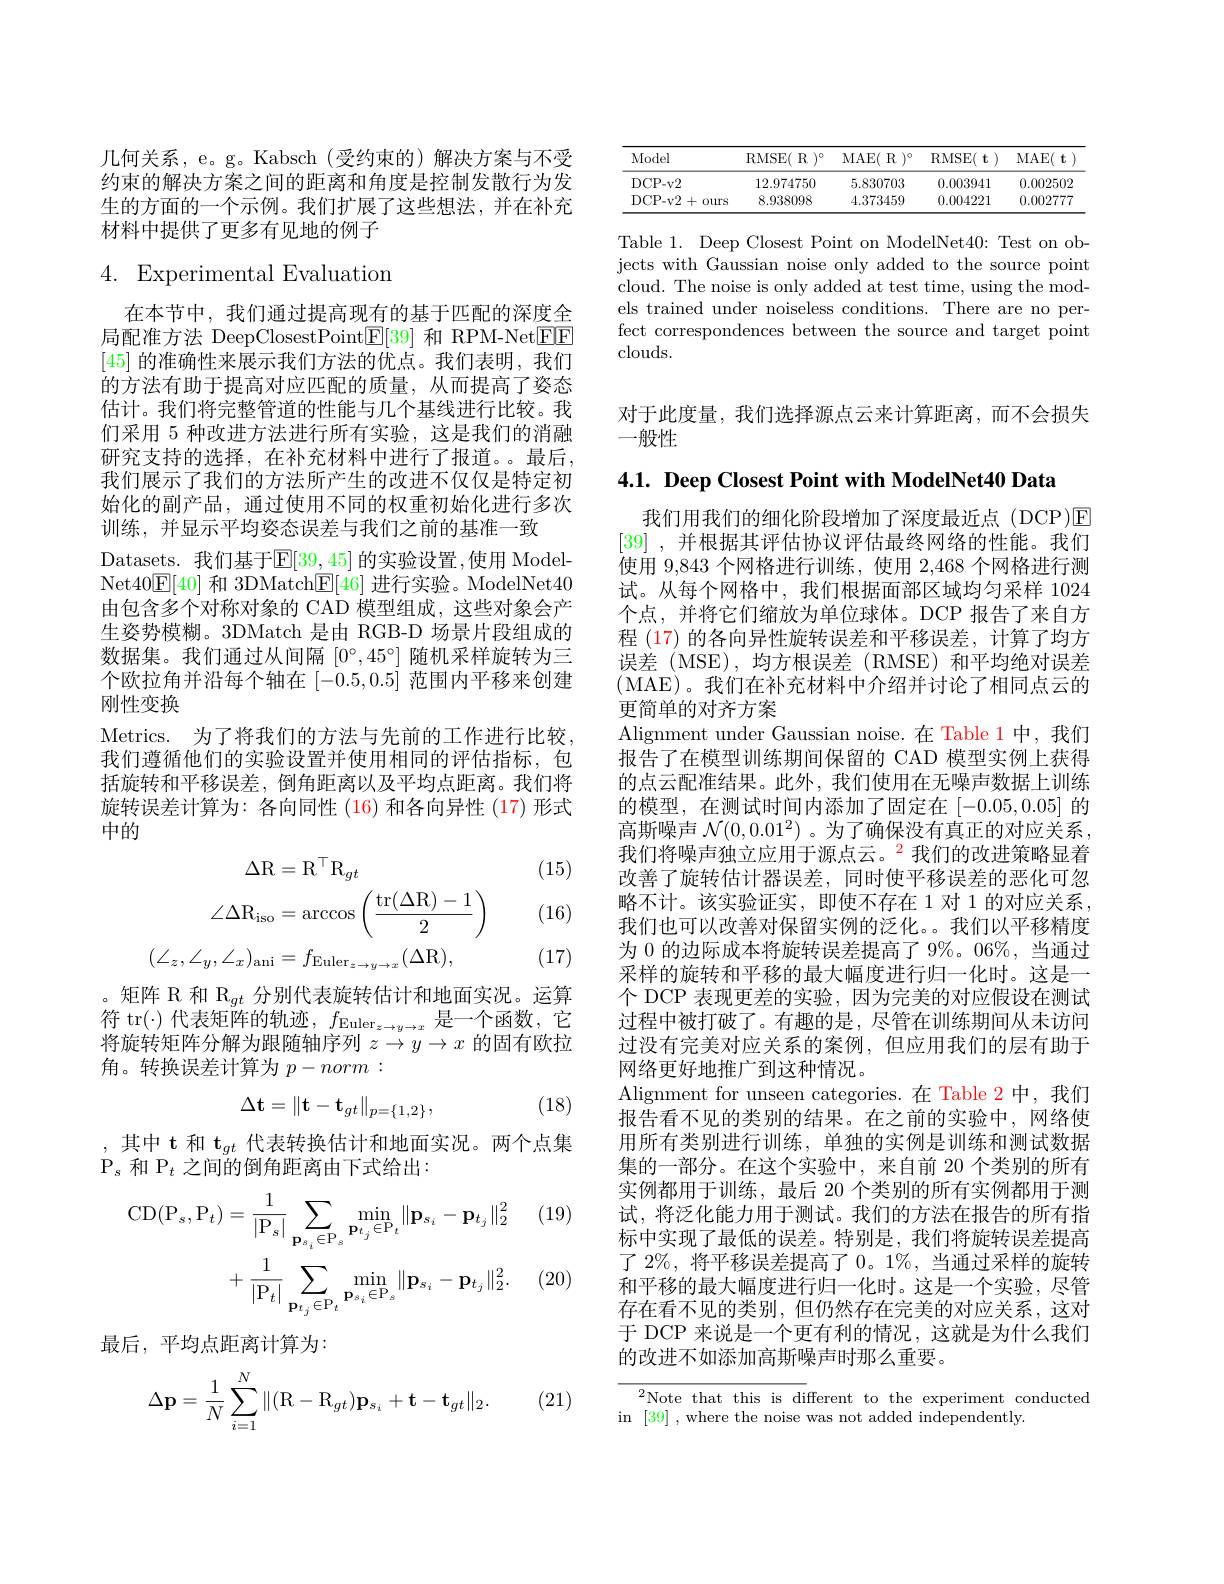
几何关系，e。g。Kabsch(受约束的)解决方案与不受约束的解决方案之间的距离和角度是控制发散行为发生的方面的一个示例。我们扩展了这些想法，并在补充材料中提供了更多有见地的例子

# 4. Experimental Evaluation

在本节中，我们通过提高现有的基于匹配的深度全局配准方法 DeepClosestPoint$\boxed{\mathrm{E}}[39]$和 RPM-Net$\boxed{\mathrm{F}}$F [45]的准确性来展示我们方法的优点。我们表明，我们的方法有助于提高对应匹配的质量，从而提高了姿态估计。我们将完整管道的性能与几个基线进行比较。我们采用 5 种改进方法进行所有实验，这是我们的消融研究支持的选择，在补充材料中进行了报道。最后， 我们展示了我们的方法所产生的改进不仅仅是特定初始化的副产品，通过使用不同的权重初始化进行多次训练，并显示平均姿态误差与我们之前的基准一致
Datasets. 我们基于$\mathbb{E}[39,45]$的实验设置，使用 ModelNet40$\mathbb{E}[40]$和 3DMatch$\mathbb{E}[46]$进行实验。ModelNet40由包含多个对称对象的 CAD 模型组成，这些对象会产生姿势模糊。3DMatch 是由 RGB-D 场景片段组成的数据集。我们通过从间隔$[0^\circ,45^\circ]$随机采样旋转为三个欧拉角并沿每个轴在[-0.5,0.5]范围内平移来创建刚性变换
Metrics. 为了将我们的方法与先前的工作进行比较， 我们遵循他们的实验设置并使用相同的评估指标，包括旋转和平移误差，倒角距离以及平均点距离。我们将旋转误差计算为：各向同性 (16) 和各向异性 (17) 形式中的
(15)
$$\begin{aligned}\Delta\mathrm{R}&=\mathrm{R}^{\top}\mathrm{R}_{gt}\\\angle\Delta\mathrm{R}_{\mathrm{iso}}&=\arccos\left(\frac{\mathrm{tr}(\Delta\mathrm{R})-1}{2}\right)\\(\angle_{z},\angle_{y},\angle_{x})_{\mathrm{ani}}&=f_{\mathrm{Euler}_{z\to y\to x}}(\Delta\mathrm{R}),\end{aligned}$$
(16)

(17)

。矩阵 R 和$\mathbb{R}_{gt}$分别代表旋转估计和地面实况。运算符 tr(-)代表矩阵的轨迹，$f_{\mathrm{Euler}_{z\to y\to x}}$是一个函数，它将旋转矩阵分解为跟随轴序列$z\to y\to x$的固有欧拉角。转换误差计算为$p-norm:$
$$\Delta\mathbf{t}=\|\mathbf{t}-\mathbf{t}_{gt}\|_{p=\{1,2\}},$$
(18)

,其中 t 和 $\mathbf{t}_{gt}$ 代表转换估计和地面实况。两个点集
$P_s$和$P_t$之间的倒角距离由下式给出：

(19)
$$\begin{aligned}\mathrm{CD}(\mathrm{P}_{s},\mathrm{P}_{t})&=\frac{1}{|\mathrm{P}_{s}|}\sum_{\mathbf{p}_{s_{i}}\in\mathrm{P}_{s}}\min_{\mathbf{p}_{t_{j}}\in\mathrm{P}_{t}}\|\mathbf{p}_{s_{i}}-\mathbf{p}_{t_{j}}\|_{2}^{2}\\&+\frac{1}{|\mathrm{P}_{t}|}\sum_{\mathbf{p}_{t_{j}}\in\mathrm{P}_{t}}\min_{\mathbf{p}_{s_{i}}\in\mathrm{P}_{s}}\|\mathbf{p}_{s_{i}}-\mathbf{p}_{t_{j}}\|_{2}^{2}.\end{aligned}$$
(20)

最后，平均点距离计算为：

(21)
$$\Delta\mathbf{p}=\dfrac{1}{N}\sum_{i=1}^N\|(\mathbf{R}-\mathbf{R}_{gt})\mathbf{p}_{s_i}+\mathbf{t}-\mathbf{t}_{gt}\|_2.$$
<table>
	<tbody>
		<tr>
			<th>Model</th>
			<th>RMSE( R $) ^{\circ }$</th>
			<th>MAE( R $) ^{\circ }$</th>
			<th>RMSE( t ) </th>
			<th>MAE( t</th>
		</tr>
		<tr>
			<td>DCP- v2</td>
			<td>12.974750</td>
			<td>5.830703</td>
			<td>0.003941</td>
			<td>0.002502</td>
		</tr>
		<tr>
			<td>DCP- v2 + $0urs$</td>
			<td>8.938098</td>
			<td>4.373459</td>
			<td>0.004221</td>
			<td>0.002777</td>
		</tr>
	</tbody>
</table>

Table 1. Deep Closest Point on ModelNet40: Test on objects with Gaussian noise only added to the source point cloud. The noise is only added at test time, using the models trained under noiseless conditions. There are no perfect correspondences between the source and target point $clouds.$

对于此度量，我们选择源点云来计算距离，而不会损失
一般性

4.1. Deep Closest Point with ModelNet40 Data
我们用我们的细化阶段增加了深度最近点(DCP)E [39] , 并根据其评估协议评估最终网络的性能。我们使用 9,843 个网格进行训练，使用 2,468 个网格进行测试。从每个网格中，我们根据面部区域均匀采样 1024个点，并将它们缩放为单位球体。DCP 报告了来自方程 (17) 的各向异性旋转误差和平移误差，计算了均方误差(MSE),均方根误差(RMSE)和平均绝对误差(MAE)。我们在补充材料中介绍并讨论了相同点云的更简单的对齐方案
Alignment under Gaussian noise.在 Table 1 中，我们报告了在模型训练期间保留的 CAD 模型实例上获得的点云配准结果。此外，我们使用在无噪声数据上训练的模型，在测试时间内添加了固定在[-0.05,0.05]的高斯噪声$\mathcal{N}(0,0.01^{2})$ 。为了确保没有真正的对应关系， 我们将噪声独立应用于源点云。$^{2}$我们的改进策略显着改善了旋转估计器误差，同时使平移误差的恶化可忽略不计。该实验证实，即使不存在 1 对 1 的对应关系， 我们也可以改善对保留实例的泛化。。我们以平移精度为 0 的边际成本将旋转误差提高了 9%。06%, 当通过采样的旋转和平移的最大幅度进行归一化时。这是一个 DCP 表现更差的实验，因为完美的对应假设在测试过程中被打破了。有趣的是，尽管在训练期间从未访问过没有完美对应关系的案例，但应用我们的层有助于网络更好地推广到这种情况。
Alignment for unseen categories.在 Table 2 中，我们报告看不见的类别的结果。在之前的实验中，网络使用所有类别进行训练，单独的实例是训练和测试数据集的一部分。在这个实验中，来自前 20 个类别的所有实例都用于训练，最后 20 个类别的所有实例都用于测试，将泛化能力用于测试。我们的方法在报告的所有指标中实现了最低的误差。特别是，我们将旋转误差提高了 2%, 将平移误差提高了0。1%, 当通过采样的旋转和平移的最大幅度进行归一化时。这是一个实验，尽管存在看不见的类别，但仍然存在完美的对应关系，这对于 DCP 来说是一个更有利的情况，这就是为什么我们的改进不如添加高斯噪声时那么重要。

$^{2}$Note that this is different to the experiment conducted
in [39] , where the noise was not added independently.